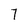
Character: 7